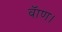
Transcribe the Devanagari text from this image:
बॅाण।